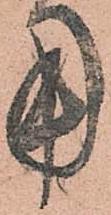
用